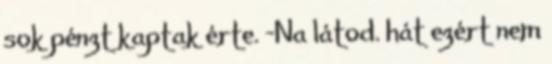
sok pénzt kaptak érte. -Na látod. hát ezért nem